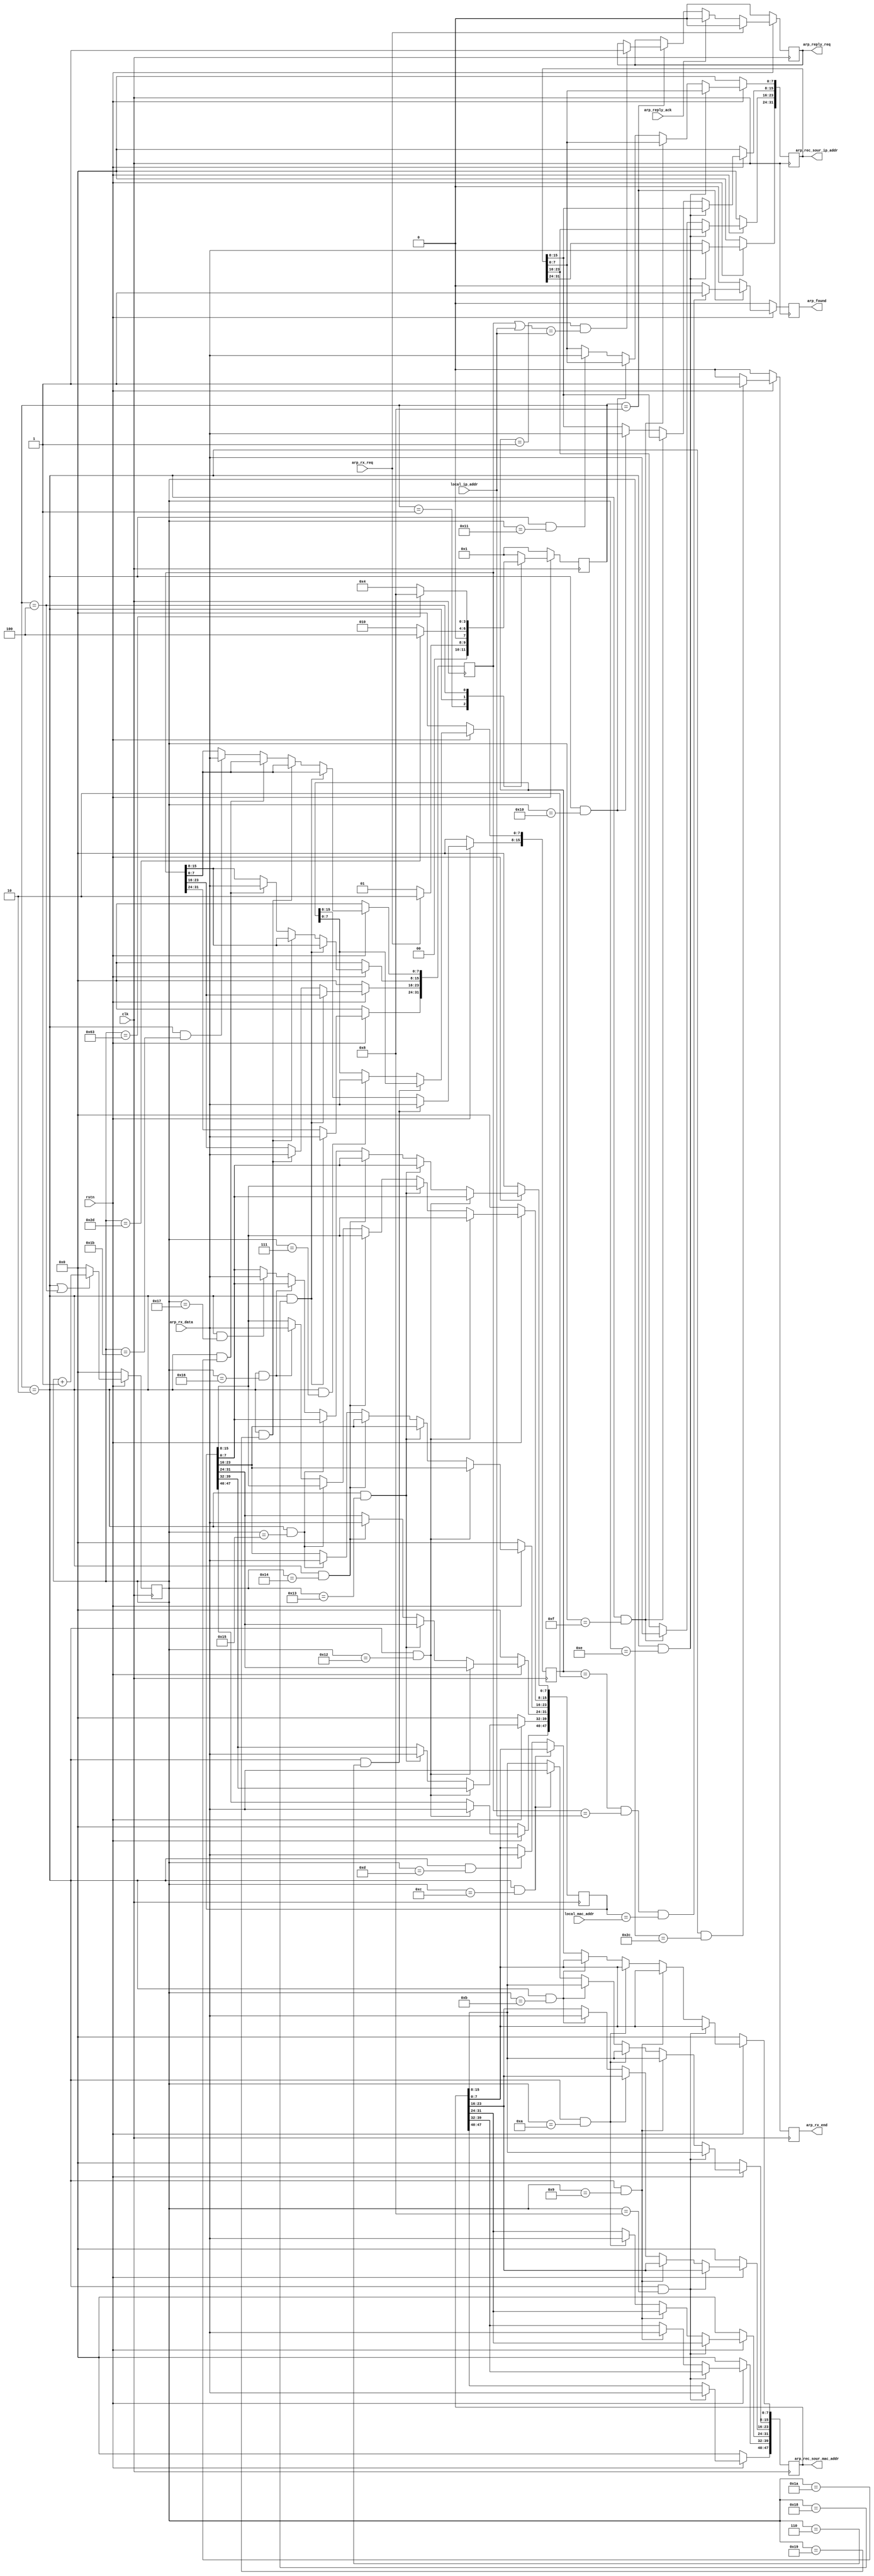
`timescale 1ns / 1ps
//////////////////////////////////////////////////////////////////////////////////
// Company: 
// Engineer: 
// 
// Design Name: 
// Module Name: arp_rx
// Project Name: 
// Target Devices: 
// Tool Versions: 
// Description: 
// 
// Dependencies: 
// 
// Revision:
// Revision 0.01 - File Created
// Additional Comments:
// 
//////////////////////////////////////////////////////////////////////////////////


module arp_rx(
    input                  clk,   
    input                  rstn,    
    
    input       [31:0]     local_ip_addr,
    input       [47:0]     local_mac_addr,
    //mac rx connect
    input       [ 7:0]     arp_rx_data,          //arp received data                        
    input                  arp_rx_req,           //arp rx request from mac                  
    output reg             arp_rx_end,           //arp rx end                               
        
    //                                                                                     
    input                  arp_reply_ack,        //arp reply ack from arp reply module      
    output reg             arp_reply_req,        //arp reply request to arp reply module    
                                                                                            
    output reg [31:0]      arp_rec_sour_ip_addr, //arp received source ip address           
    output reg [47:0]      arp_rec_sour_mac_addr,//arp received mac address                 
    output reg             arp_found             //found destination mac address            
) ;
    
    localparam ARP_REQUEST_CODE = 16'h0001 ;
    localparam ARP_REPLY_CODE   = 16'h0002 ;
    
    reg [31:0]              arp_rec_dest_ip_addr ;
    reg [47:0]              arp_rec_dest_mac_addr ;
    reg [15:0]              arp_rec_op ;
    reg [7:0]               arp_rx_cnt ;
    
    parameter IDLE          = 4'b0001 ;
    parameter ARP_REC_DATA  = 4'b0010 ;
    parameter ARP_WAIT      = 4'b0100 ;
    parameter ARP_END       = 4'b1000 ;
    
    reg [3:0]    state  ;
    reg [3:0]    state_n ;
    
    always @(posedge clk)
    begin
        if (~rstn)
            state  <=  IDLE  ;
        else
            state  <= state_n ;
    end
    
    always @(*)
    begin
        case(state)
            IDLE         : 
            begin
                if (arp_rx_req)
                    state_n = ARP_REC_DATA ;
                else
                    state_n = IDLE ;
            end
            ARP_REC_DATA : 
            begin
                if (arp_rx_cnt == 45)
                    state_n = ARP_WAIT     ;
                else
                    state_n = ARP_REC_DATA ;
            end    
            ARP_WAIT     : 
            begin
                if (arp_rx_cnt == 99)
                    state_n = ARP_END     ;
                else
                    state_n = ARP_WAIT ;
            end              
            ARP_END      : state_n = IDLE ; 
            default      : state_n = IDLE ;
        endcase
    end

    always @(posedge clk)
    begin
        if (~rstn)
            arp_rx_end <= 1'b0 ;
        else if (state == ARP_REC_DATA && arp_rx_cnt == 44)
            arp_rx_end <= 1'b1 ;
        else
            arp_rx_end <= 1'b0 ;
    end
    
    //received arp request 
    always @(posedge clk)
    begin
        if (~rstn)
            arp_reply_req  <= 1'b0 ;
        else if (arp_rx_req)
            arp_reply_req  <= 1'b0 ;
        else if (arp_reply_ack)
            arp_reply_req  <= 1'b0 ;
        else if (state == ARP_END)
        begin 
            if (arp_rec_op == ARP_REQUEST_CODE && (arp_rec_dest_ip_addr | local_ip_addr) == local_ip_addr)          
                arp_reply_req <= 1'b1 ;
        end
    end
    
    //received arp reply
    always @(posedge clk)
    begin
      if (~rstn)
        arp_found  <= 1'b0 ;
      else if (state == ARP_END)
      begin 
          if (arp_rec_op == ARP_REPLY_CODE && (arp_rec_dest_ip_addr == local_ip_addr) && (arp_rec_dest_mac_addr == local_mac_addr))          
              arp_found <= 1'b1 ;
          else
              arp_found  <= 1'b0 ;
      end
      else
          arp_found  <= 1'b0 ;
    end
    
    always @(posedge clk)
    begin
        if (~rstn)
            arp_rx_cnt  <= 8'd0 ;
        else if (state == ARP_REC_DATA || state == ARP_WAIT)
            arp_rx_cnt <= arp_rx_cnt + 1'b1 ;
        else
            arp_rx_cnt <= 8'd0 ;
    end
    
    always @(posedge clk)
    begin
        if (~rstn)
            arp_rec_op <= 16'd0 ;
        else if (state == ARP_REC_DATA && arp_rx_cnt == 8'd6)
            arp_rec_op[15:8] <= arp_rx_data ;
        else if (state == ARP_REC_DATA && arp_rx_cnt == 8'd7)
            arp_rec_op[7:0] <= arp_rx_data ;
    end
    
    always @(posedge clk)
    begin
        if (~rstn)
            arp_rec_sour_mac_addr <= 48'd0 ;
        else if (state == ARP_REC_DATA && arp_rx_cnt == 8'd8)
            arp_rec_sour_mac_addr[47:40] <= arp_rx_data ;
        else if (state == ARP_REC_DATA && arp_rx_cnt == 8'd9)
            arp_rec_sour_mac_addr[39:32] <= arp_rx_data ;
        else if (state == ARP_REC_DATA && arp_rx_cnt == 8'd10)
            arp_rec_sour_mac_addr[31:24] <= arp_rx_data ;
        else if (state == ARP_REC_DATA && arp_rx_cnt == 8'd11)
            arp_rec_sour_mac_addr[23:16] <= arp_rx_data ;
        else if (state == ARP_REC_DATA && arp_rx_cnt == 8'd12)
            arp_rec_sour_mac_addr[15:8] <= arp_rx_data ;
        else if (state == ARP_REC_DATA && arp_rx_cnt == 8'd13)
            arp_rec_sour_mac_addr[7:0] <= arp_rx_data ;
    end
    
    always @(posedge clk)
    begin
        if (~rstn)
            arp_rec_sour_ip_addr <= 32'd0 ;
        else if (state == ARP_REC_DATA && arp_rx_cnt == 8'd14)
            arp_rec_sour_ip_addr[31:24] <= arp_rx_data ;
        else if (state == ARP_REC_DATA && arp_rx_cnt == 8'd15)
            arp_rec_sour_ip_addr[23:16] <= arp_rx_data ;
        else if (state == ARP_REC_DATA && arp_rx_cnt == 8'd16)
            arp_rec_sour_ip_addr[15:8] <= arp_rx_data ;
        else if (state == ARP_REC_DATA && arp_rx_cnt == 8'd17)
            arp_rec_sour_ip_addr[7:0] <= arp_rx_data ;
    end
    
    always @(posedge clk)
    begin
        if (~rstn)
            arp_rec_dest_mac_addr <= 48'd0 ;
        else if (state == ARP_REC_DATA && arp_rx_cnt == 8'd18)
            arp_rec_dest_mac_addr[47:40] <= arp_rx_data ;
        else if (state == ARP_REC_DATA && arp_rx_cnt == 8'd19)
            arp_rec_dest_mac_addr[39:32] <= arp_rx_data ;
        else if (state == ARP_REC_DATA && arp_rx_cnt == 8'd20)
            arp_rec_dest_mac_addr[31:24] <= arp_rx_data ;
        else if (state == ARP_REC_DATA && arp_rx_cnt == 8'd21)
            arp_rec_dest_mac_addr[23:16] <= arp_rx_data ;
        else if (state == ARP_REC_DATA && arp_rx_cnt == 8'd22)
            arp_rec_dest_mac_addr[15:8] <= arp_rx_data ;
        else if (state == ARP_REC_DATA && arp_rx_cnt == 8'd23)
            arp_rec_dest_mac_addr[7:0] <= arp_rx_data ;
    end
    
    always @(posedge clk)
    begin
        if (~rstn)
            arp_rec_dest_ip_addr <= 32'd0 ;
        else if (state == ARP_REC_DATA && arp_rx_cnt == 8'd24)
            arp_rec_dest_ip_addr[31:24] <= arp_rx_data ;
        else if (state == ARP_REC_DATA && arp_rx_cnt == 8'd25)
            arp_rec_dest_ip_addr[23:16] <= arp_rx_data ;
        else if (state == ARP_REC_DATA && arp_rx_cnt == 8'd26)
            arp_rec_dest_ip_addr[15:8] <= arp_rx_data ;
        else if (state == ARP_REC_DATA && arp_rx_cnt == 8'd27)
            arp_rec_dest_ip_addr[7:0] <= arp_rx_data ;
    end
    
endmodule